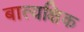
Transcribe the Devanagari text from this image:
बात्यक्षिक